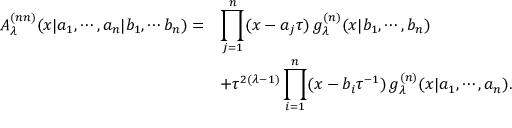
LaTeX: \begin{array} { r l } { { A _ { \lambda } ^ { ( n n ) } ( x | a _ { 1 } , \cdots , a _ { n } | b _ { 1 } , \cdots b _ { n } ) = } } & { { \displaystyle \prod _ { j = 1 } ^ { n } ( x - a _ { j } \tau ) \, g _ { \lambda } ^ { ( n ) } ( x | b _ { 1 } , \cdots , b _ { n } ) } } \\ { { } } & { { + \tau ^ { 2 ( \lambda - 1 ) } \displaystyle \prod _ { i = 1 } ^ { n } ( x - b _ { i } \tau ^ { - 1 } ) \, g _ { \lambda } ^ { ( n ) } ( x | a _ { 1 } , \cdots , a _ { n } ) . } } \end{array}